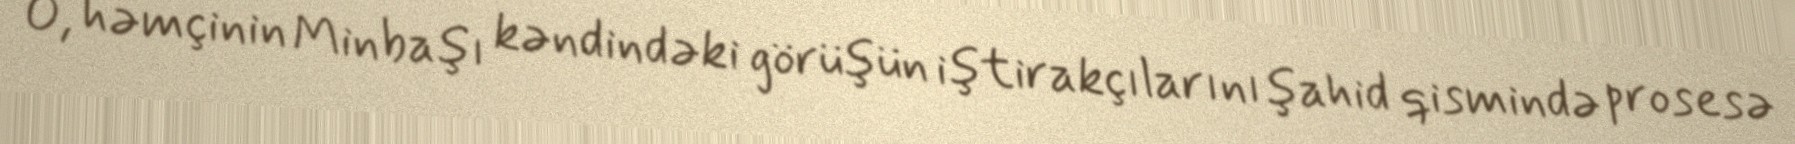
O, həmçinin Minbaşı kəndindəki görüşün iştirakçılarını şahid qismində prosesə